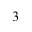
^ 3